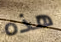
هذه